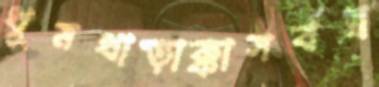
ধুমধাড়াক্কাসর্বস্ব